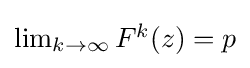
{\textstyle \lim _{k\rightarrow \infty }F^{k}(z)=p}